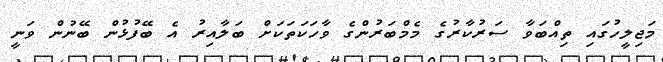
މަޖިލީހުގައި ތިއްބަވާ ސަރުކާރުގެ މެމްބަރުންގެ ވާހަކަތަކަށް ބަލާއިރު އެ ބޭފުޅުން ބޭނުން ވަނީ